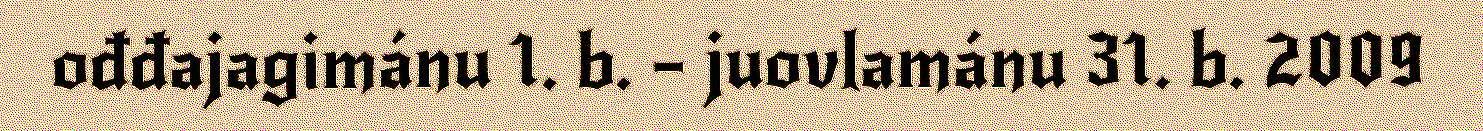
ođđajagimánu 1. b. – juovlamánu 31. b. 2009